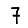
Digit: 7